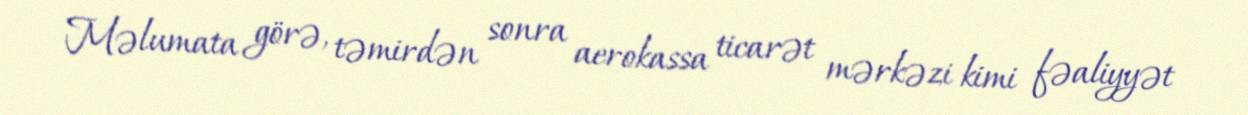
Məlumata görə, təmirdən sonra aerokassa ticarət mərkəzi kimi fəaliyyət